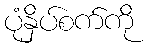
ပုံနှိပ်စက်ကို